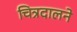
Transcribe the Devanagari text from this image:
चित्रदालने